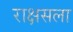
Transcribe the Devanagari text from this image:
राक्षसला